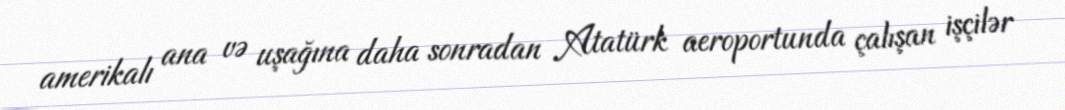
amerikalı ana və uşağına daha sonradan Atatürk aeroportunda çalışan işçilər